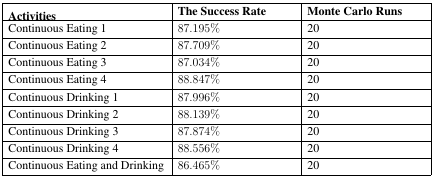
<table><thead><tr><td><b>Activities</b></td><td><b>The Success Rate</b></td><td><b>Monte Carlo Runs</b></td></tr></thead><tbody><tr><td>Continuous Eating 1</td><td>87.195%</td><td>20</td></tr><tr><td>Continuous Eating 2</td><td>87.709%</td><td>20</td></tr><tr><td>Continuous Eating 3</td><td>87.034%</td><td>20</td></tr><tr><td>Continuous Eating 4</td><td>88.847%</td><td>20</td></tr><tr><td>Continuous Drinking 1</td><td>87.996%</td><td>20</td></tr><tr><td>Continuous Drinking 2</td><td>88.139%</td><td>20</td></tr><tr><td>Continuous Drinking 3</td><td>87.874%</td><td>20</td></tr><tr><td>Continuous Drinking 4</td><td>88.556%</td><td>20</td></tr><tr><td>Continuous Eating and Drinking</td><td>86.465%</td><td>20</td></tr></tbody></table>